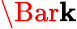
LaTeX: \Bar{\mathbf{k}}